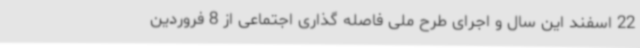
22 اسفند این سال و اجرای طرح ملی فاصله گذاری اجتماعی از 8 فروردین